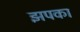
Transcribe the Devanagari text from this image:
झपका